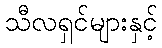
သီလရှင်များနှင့်